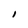
Character: I